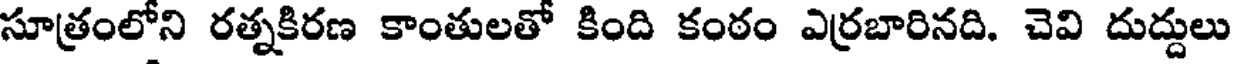
సూత్రంలోని రత్నకిరణ కాంతులతో కింది కంఠం ఎర్రబారినది. చెవి దుద్దులు